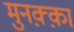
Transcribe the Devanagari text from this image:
मुनक़्क़ा